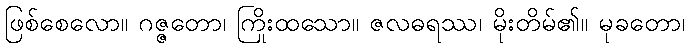
ဖြစ်စေလော။ ဂဇ္ဇတော၊ ကြိုးထသော။ ဇလဓရဿ၊ မိုးတိမ်၏။ မုခတော၊